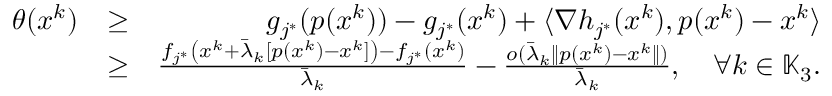
\begin{array} { r l r } { \theta ( x ^ { k } ) } & { \geq } & { g _ { j ^ { * } } ( p ( x ^ { k } ) ) - g _ { j ^ { * } } ( x ^ { k } ) + \langle \nabla h _ { j ^ { * } } ( x ^ { k } ) , p ( x ^ { k } ) - x ^ { k } \rangle } \\ & { \geq } & { \frac { f _ { j ^ { * } } \left( x ^ { k } + \bar { \lambda } _ { k } [ p ( x ^ { k } ) - x ^ { k } ] \right) - f _ { j ^ { * } } ( x ^ { k } ) } { \bar { \lambda } _ { k } } - \frac { o ( \bar { \lambda } _ { k } \| p ( x ^ { k } ) - x ^ { k } \| ) } { \bar { \lambda } _ { k } } , \quad \forall k \in \mathbb { K } _ { 3 } . } \end{array}